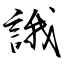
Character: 誐